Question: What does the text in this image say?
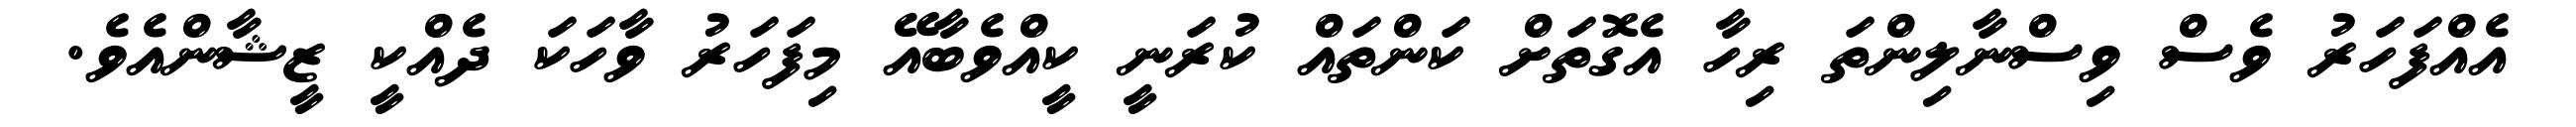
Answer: އެއްފަހަރު ވެސް ވިސްނާލިންތަ ރިހާ އެގޮތަށް ކަންތައް ކުރަނީ ކީއްވެބާއޭ މިފަހަރު ވާހަކަ ދެއްކީ ޒީޝާންއެވެ.